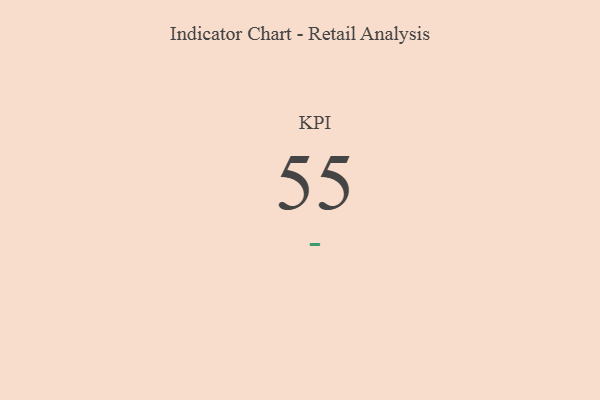
{"axis": {"x": "KPI", "y": "Value"}, "legend": [""], "data": [{"x": "KPI", "y": 55, "type": ""}]}